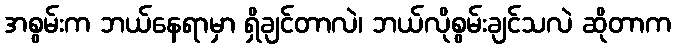
အစွမ်းက ဘယ်နေရာမှာ ရှိချင်တာလဲ၊ ဘယ်လိုစွမ်းချင်သလဲ ဆိုတာက